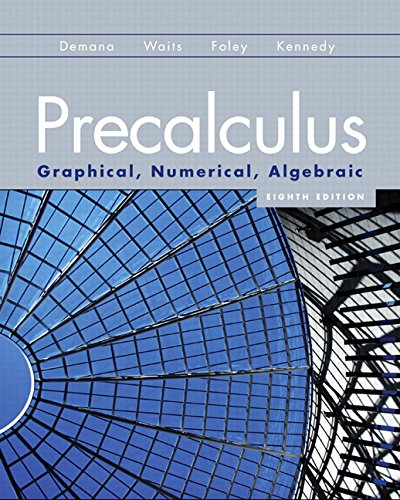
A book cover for Precalculus: Graphical, Numerical, Algebraic (8th Edition); Franklin D. Demana; Science & Math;